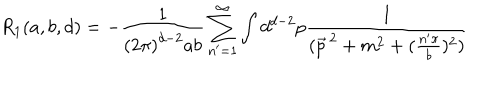
LaTeX: R _ { 1 } ( a , b , d ) = - \frac { 1 } { \left( 2 \pi \right) ^ { d - 2 } a b } \sum _ { n ^ { \prime } = 1 } ^ { \infty } \int d ^ { d - 2 } p \frac { 1 } { ( \vec { p } ^ { \, 2 } + m ^ { 2 } + ( \frac { n ^ { \prime } \pi } { b } ) ^ { 2 } ) }